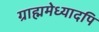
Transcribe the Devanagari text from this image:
ग्राह्ममेध्यादपि